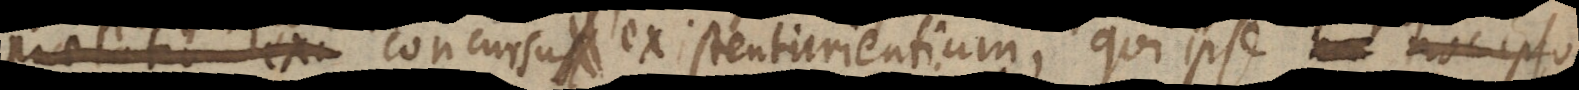
raelatio exi concursus [existiturientium], qui ipse hoc ipso